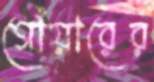
গোঁয়ারের